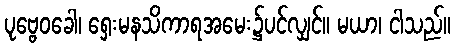
ပုဗ္ဗေဝခေါ၊ ရှေးမနသိကာရအမေး၌ပင်လျှင်။ မယာ၊ ငါသည်။